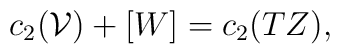
c_2(\mathcal{V}) + [W] = c_2(TZ) ,